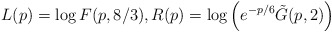
\begin{align*}L(p) = \log F(p,8/3), R(p) = \log \left(e^{-p/6}\tilde G(p,2)\right)\end{align*}